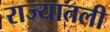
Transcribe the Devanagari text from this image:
राज्यातली